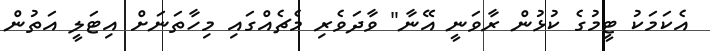
އެކަމަކު ޓީމުގެ ކުޅުން ރާވަނީ އޭނާ" ވާދަވެރި މެޗެއްގައި މިހާތަނަށް އިޓަލީ އަތުން